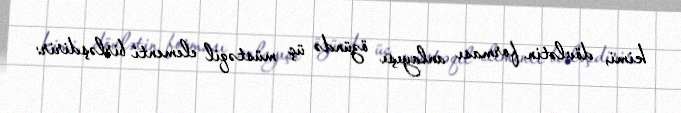
kimi, dövlətin forması anlayışı özündə üç müstəqil elementi birləşdirir: